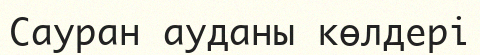
Сауран ауданы көлдері